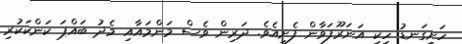
ހަށިގަނޑު ހިކި އަނަރޫފަވާން ފެށިއެވެ. ދަރިން ވެސް މަންމައާއި މެދު ބައްޕަ ކަންކަކުރި